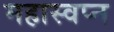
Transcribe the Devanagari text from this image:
महास्‍वप्‍न